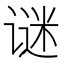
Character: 谜